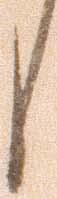
候